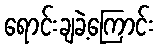
ရောင်းချခဲ့ကြောင်း